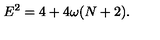
E ^ { 2 } = 4 + 4 \omega ( N + 2 ) .